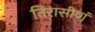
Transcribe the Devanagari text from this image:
तिरासीवां